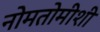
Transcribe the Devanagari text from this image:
नोमतोमीशी